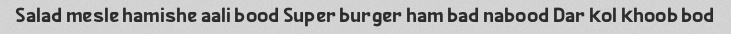
Salad mesle hamishe aali bood Super burger ham bad nabood Dar kol khoob bod